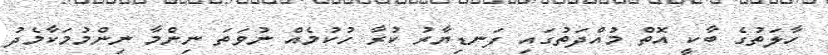
ހާލަތުގެ ބާކީ އޮތް މުއްދަތުގައި ފަނޑިޔާރު ކުރާ ހުކުމެއް ނުވަތަ ނިންމާ ނިންމުމަކާމެދު